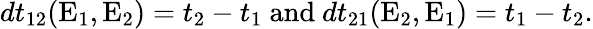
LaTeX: dt_{12}(\textrm{E}_{1},\textrm{E}_{2})=t_{2}-t_{1}\textrm{~and~}dt_{21}(\textrm{E}_{2},\textrm{E}_{1})=t_{1}-t_{2}.